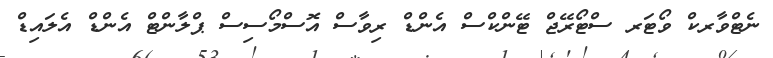
ނެޓްވާރކް ވޯޓަރ ސްޓޯރޭޖް ޓޭންކްސް އެންޑް ރިވާސް އޮސްމޯސިސް ޕްލާންޓް އެންޑް އެލައިޑް